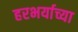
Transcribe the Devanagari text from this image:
हरभर्याच्या